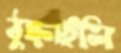
ঠুক্‌রাইলি